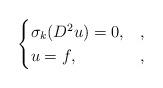
LaTeX: \begin{align*} \begin{cases} \sigma_k(D^2u) = 0, & , \\ u = f, & , \end{cases} \end{align*}